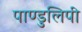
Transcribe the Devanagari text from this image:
पाण्डुलिपी